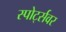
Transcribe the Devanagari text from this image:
स्पोर्ट्सवर